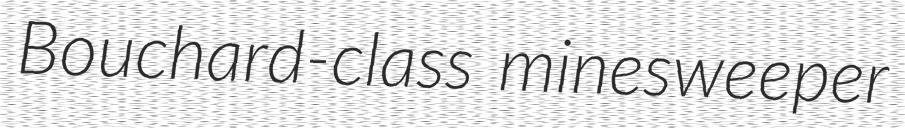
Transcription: Bouchard-class minesweeper